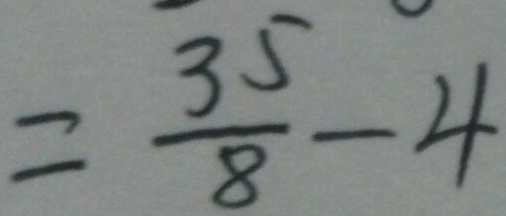
= \frac { 3 5 } { 8 } - 4